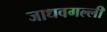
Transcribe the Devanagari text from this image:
जाधवगल्ली